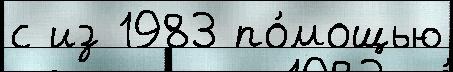
с из 1983 по́мощью